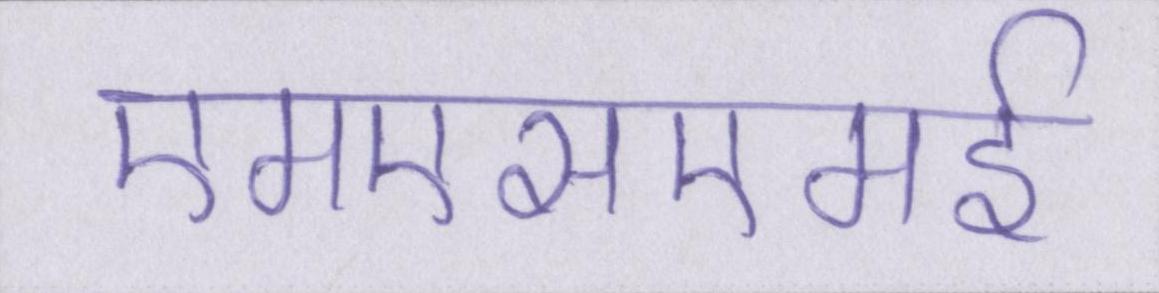
एमएसएमई